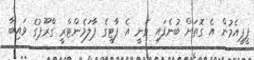
ޕީޕީއެމުން އެ ގޮތަށް ބުނެފައި ވަނީ އެ ޕާޓީގެ ޕާލަމެންޓްރީ ގްރޫޕުގެ ވައިބާ